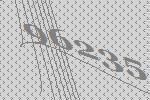
96235